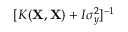
[ K ( \mathbf { X } , \mathbf { X } ) + I \sigma _ { y } ^ { 2 } ] ^ { - 1 }